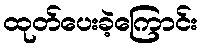
ထုတ်ပေးခဲ့ကြောင်း